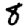
Digit: 8